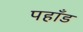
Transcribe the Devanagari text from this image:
पहाँड